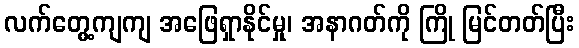
လက်တွေ့ကျကျ အဖြေရှာနိုင်မှု၊ အနာဂတ်ကို ကြို မြင်တတ်ပြီး